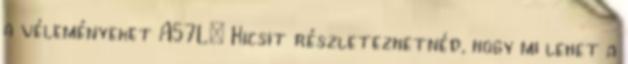
a véleményeket A57L: Kicsit részletezhetnéd, hogy mi lehet a